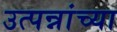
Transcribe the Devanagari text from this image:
उत्पन्नांच्या